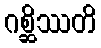
ဂစ္ဆိဿတိ